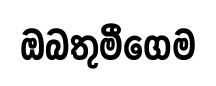
ඔබතුමීගෙම